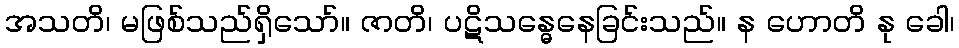
အသတိ၊ မဖြစ်သည်ရှိသော်။ ဇာတိ၊ ပဋိသန္ဓေနေခြင်းသည်။ န ဟောတိ နု ခေါ၊